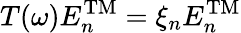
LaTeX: T(\omega)E_{n}^{\mathrm{TM}}=\xi_{n}E_{n}^{\mathrm{TM}}